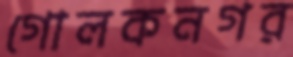
গোলকনগর